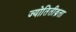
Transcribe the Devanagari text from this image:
ज्योतितीव्रता